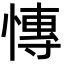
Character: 慱